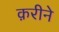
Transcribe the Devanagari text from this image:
क़रीने